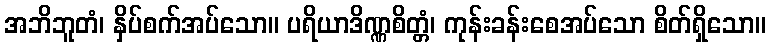
အဘိဘူတံ၊ နှိပ်စက်အပ်သော။ ပရိယာဒိဏ္ဏစိတ္တံ၊ ကုန်းခန်းစေအပ်သော စိတ်ရှိသော။